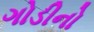
ગોડીનો